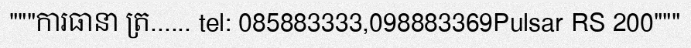
"""ការធានា ត្រ...... tel: 085883333,098883369Pulsar RS 200"""